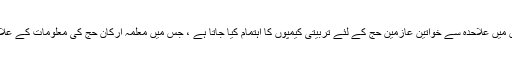
ایسے میں مختلف سماجی اور ملی تنظیموں کی جانب سے کئی شہروں میں علاحدہ سے خواتین عازمین حج کے لئے تربیتی کیمپوں کا اہتمام کیا جاتا ہے ، جس میں معلمہ ارکان حج کی معلومات کے علاوہ خواتین کے سوالات سے متعلق اہم جانکاریاں بھی فراہم کراتی ہیں۔